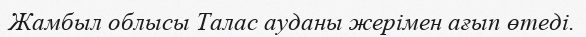
Жамбыл облысы Талас ауданы жерімен ағып өтеді.